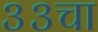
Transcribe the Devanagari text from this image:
३३चा